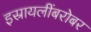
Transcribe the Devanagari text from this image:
इस्रायलींबरोबर